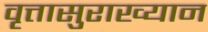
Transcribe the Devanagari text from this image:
वृत्तासुराख्यान